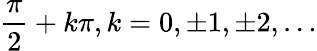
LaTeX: {\frac{\pi}{2}}+k\pi,k=0,\pm 1,\pm 2,\ldots